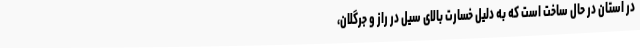
در استان در حال ساخت است که به دلیل خسارت بالای سیل در راز و جرگلان،